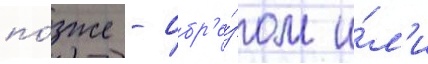
по́зже - обр'е́зом и́л'и